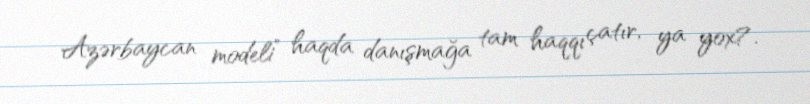
Azərbaycan modeli” haqda danışmağa tam haqqı çatır, ya yox?.